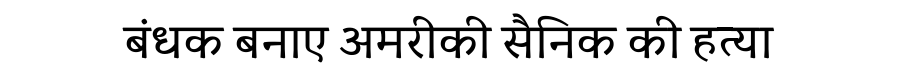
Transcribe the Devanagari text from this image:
बंधक बनाए अमरीकी सैनिक की हत्या